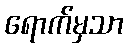
ရောက်မှသာ